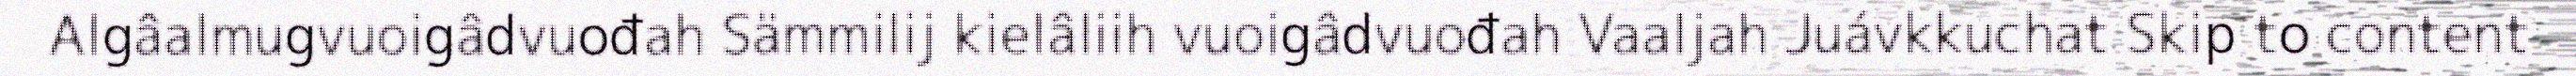
Algâalmugvuoigâdvuođah Sämmilij kielâliih vuoigâdvuođah Vaaljah Juávkkuchat Skip to content